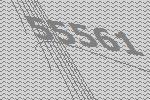
55561